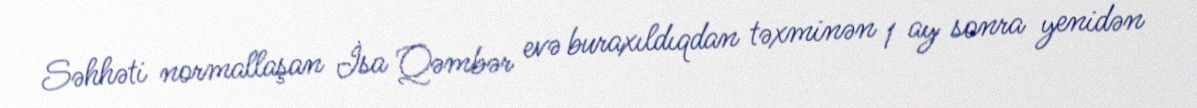
Səhhəti normallaşan İsa Qəmbər evə buraxıldıqdan təxminən 1 ay sonra yenidən